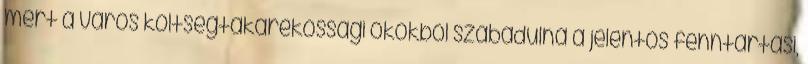
mert a város költségtakarékossági okokból szabadulna a jelentős fenntartási,